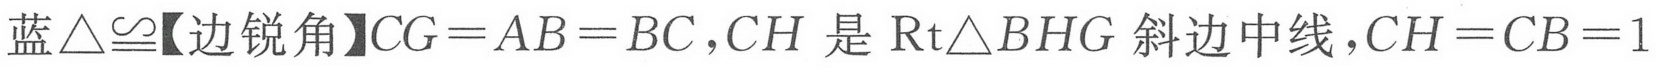
蓝\(\triangle\cong\)【边锐角】\(CG = AB = BC\)，\(CH\) 是 \(\mathrm{Rt}\triangle BHG\) 斜边中线，\(CH = CB = 1\)